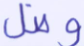
وضل